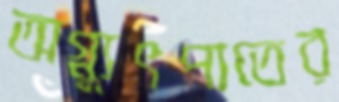
অগ্ন্যুৎপাতের